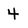
Character: 4